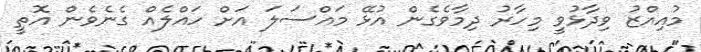
މުއިއްޒު ވިދާޅުވީ މިހާރު ދިމާވެގެން އުޅޭ މައްސަލަ އަށް ހައްލެއް ގެނެވެން އޮތީ